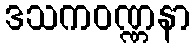
ဒသကဝဏ္ဏနာ